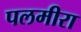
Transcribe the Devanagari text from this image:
पलमीरा